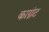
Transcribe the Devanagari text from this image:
काग्नेट